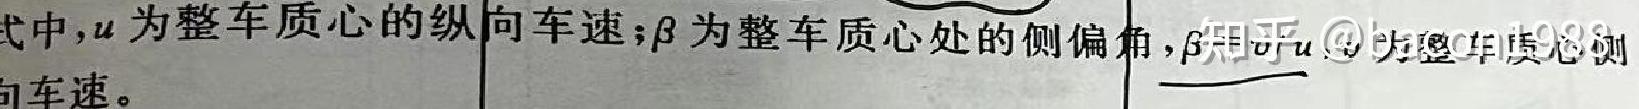
式中,$u$为整车质心的纵向车速;$\beta$为整车质心处的侧偏角,$\beta$知乎@为整车质心侧向车速。